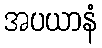
အပယာနံ